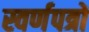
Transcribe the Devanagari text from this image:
स्वर्णपत्रों